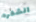
الشفره